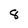
Character: 8